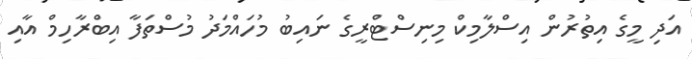
އަދި މީގެ އިތުރުން އިސްލާމިކް މިނިސްޓްރީގެ ނައިބު މުހައްމަދު މުސްތަފާ އިބްރާހިމް އާއި